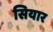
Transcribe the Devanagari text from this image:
सियार